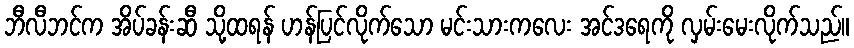
ဘီလီဘင်က အိပ်ခန်းဆီ သို့ထရန် ဟန်ပြင်လိုက်သော မင်းသားကလေး အင်ဒရေကို လှမ်းမေးလိုက်သည်။